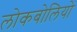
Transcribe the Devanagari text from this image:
लोकबोलियों